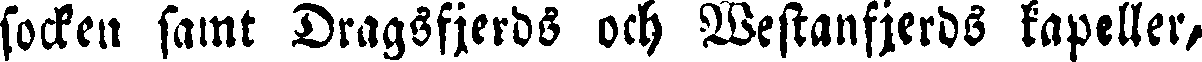
socken samt Dragsfjerds och Westanfjerds kapeller,